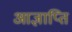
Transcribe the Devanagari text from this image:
आज्ञाप्ति